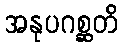
အနုပဂစ္ဆတိ